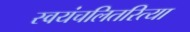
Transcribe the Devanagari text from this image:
स्वयंचलितरित्या